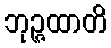
ဘုဉ္ဇထာတိ